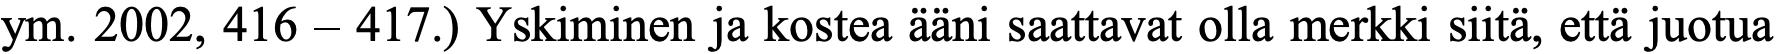
ym. 2002, 416 – 417.) Yskiminen ja kostea ääni saattavat olla merkki siitä, että juotua